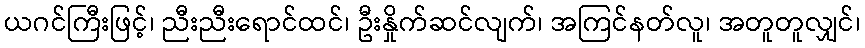
ယဂင်ကြီးဖြင့်၊ ညီးညီးရောင်ထင်၊ ဦးနှိုက်ဆင်လျက်၊ အကြင်နတ်လူ၊ အတူတူလျှင်၊